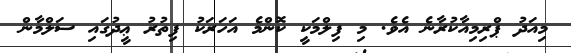
މިއަދު ޕްރިމިއާކުރާނެ އެވެ. މި ފިލްމަކީ ކޮންމެ އަހަރަކު ފިތުރު ޢީދުގައި ސަލްމާން